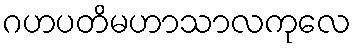
ဂဟပတိမဟာသာလကုလေ